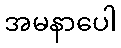
အမနာပေါ